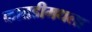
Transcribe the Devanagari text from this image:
कातडीमधला